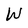
Character: W